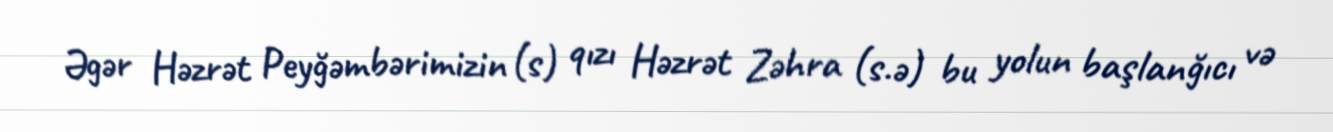
Əgər Həzrət Peyğəmbərimizin (s) qızı Həzrət Zəhra (s.ə) bu yolun başlanğıcı və